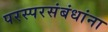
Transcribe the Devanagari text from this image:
परस्परसंबंधांना